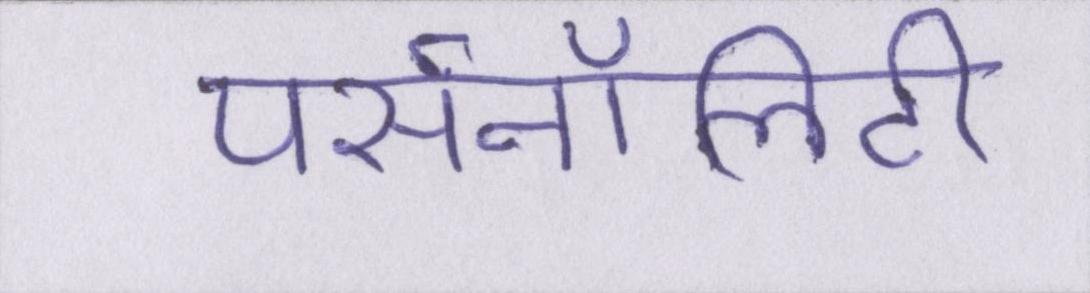
पर्सनॉलिटी